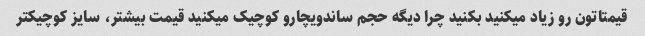
قیمتاتون رو زیاد میکنید بکنید چرا دیگه حجم‌ ساندویچارو کوچیک‌ میکنید قیمت بیشتر، سایز کوچیکتر